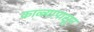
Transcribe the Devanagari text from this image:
काळ्यापासून